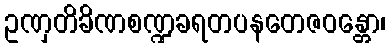
ဥဏှတိခိဏစဏ္ဍခရတပနတေဇဝန္တော၊